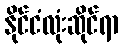
နိုင်ငံလုံးဆိုင်ရာ